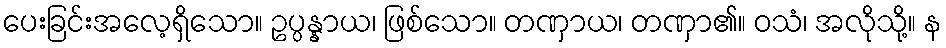
ပေးခြင်းအလေ့ရှိသော။ ဥပ္ပန္နာယ၊ ဖြစ်သော။ တဏှာယ၊ တဏှာ၏။ ဝသံ၊ အလိုသို့။ န